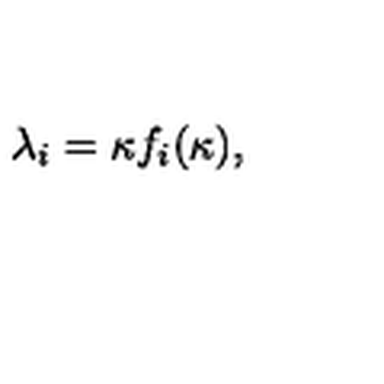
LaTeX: \lambda _ { i } = \kappa f _ { i } ( \kappa ) , \qquad